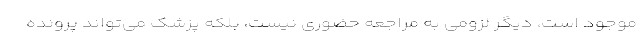
موجود است، دیگر لزومی به مراجعه حضوری نیست، بلکه پزشک می‌تواند پرونده